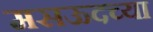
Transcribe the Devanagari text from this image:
मसऊदच्या